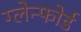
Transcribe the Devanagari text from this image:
ग्लेन्फोर्ड